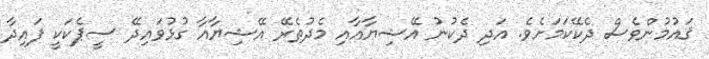
ޤައުމުންވެސް ދެކޭކަމަށެވެ. އަދި ދެކުނު އޭޝިޔާއާއި މެދުތެރޭ އޭޝިޔާއާ ގުޅުވައިދޭ ސީޕެކަކީ ފައިދާ